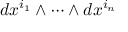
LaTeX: d x ^ { i _ { 1 } } \wedge \cdots \wedge d x ^ { i _ { n } }